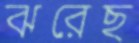
ঝরেছ